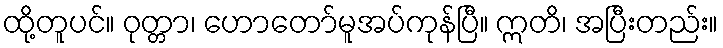
ထို့တူပင်။ ဝုတ္တာ၊ ဟောတော်မူအပ်ကုန်ပြီ။ ဣတိ၊ အပြီးတည်း။